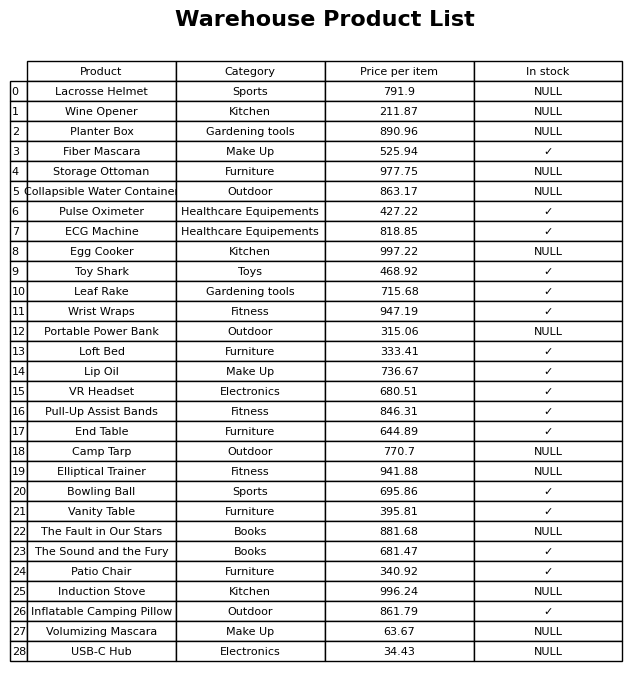
question: Is the Camp Tarp in stock?
answer: NULL